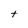
Character: t